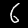
Label: 6